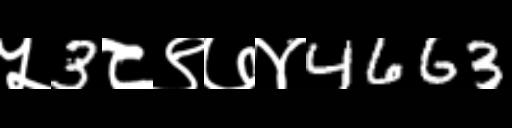
Text: ५3८९७४4663